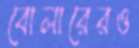
বোলারেরও